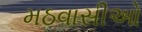
મઠવાસીઓ